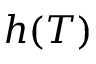
h ( T )